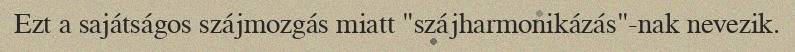
Ezt a sajátságos szájmozgás miatt "szájharmonikázás"-nak nevezik.